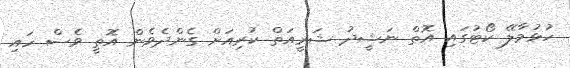
ހުޅުމާލޭ ކޯޓުގައި އޮތް ނަޝީދު ޝަރީއަތް ކުރިއަށް ގެންދެވެން އޮތީ ވެސް ހައި